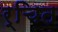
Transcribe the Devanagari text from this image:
र्चित